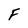
Character: F